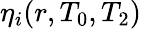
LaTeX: \eta_{i}(r,T_{0},T_{2})